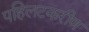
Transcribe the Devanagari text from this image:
पहिलटकरीण